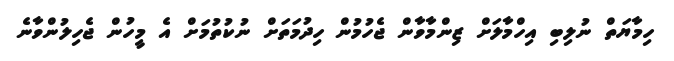
ހިމާޔަތް ނުލިބި އިހްމާލަށް ޒިންމާވާން ޖެހުމުން ހިދުމަތަށް ނުކުތުމަށް އެ މީހުން ޖެހިލުންވާނެ